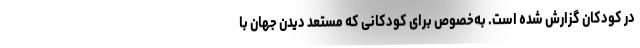
در کودکان گزارش شده است. به‌خصوص برای کودکانی که مستعد دیدن جهان با